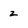
Character: z